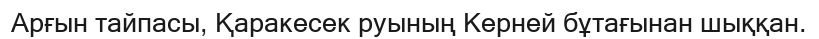
Арғын тайпасы, Қаракесек руының Керней бұтағынан шыққан.